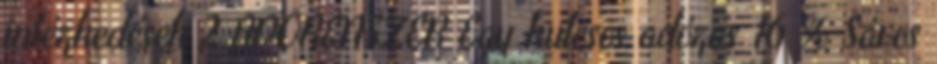
intézkedések 2 ADÓRENSZER Egy kulcsos adózás 16 % Sávos